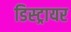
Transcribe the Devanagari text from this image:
डिस्ट्रायर